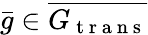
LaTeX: \bar{g}\in\overline{{G_{\mathrm{~t~r~a~n~s~}}}}